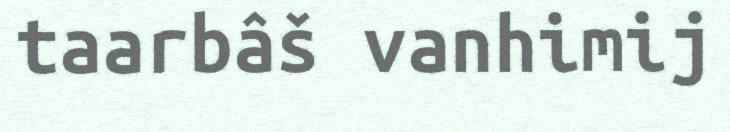
taarbâš vanhimij